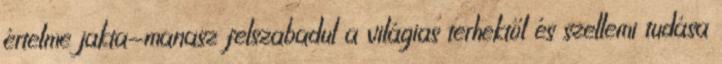
értelme jakta-manasz felszabadul a világias terhektől és szellemi tudása